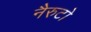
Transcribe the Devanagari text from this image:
नैरुटो